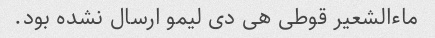
ماءالشعیر قوطی هی دی لیمو ارسال نشده بود.